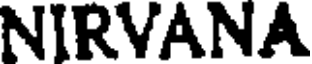
NIRVANA